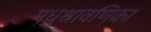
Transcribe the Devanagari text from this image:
मधुश्रावणिका